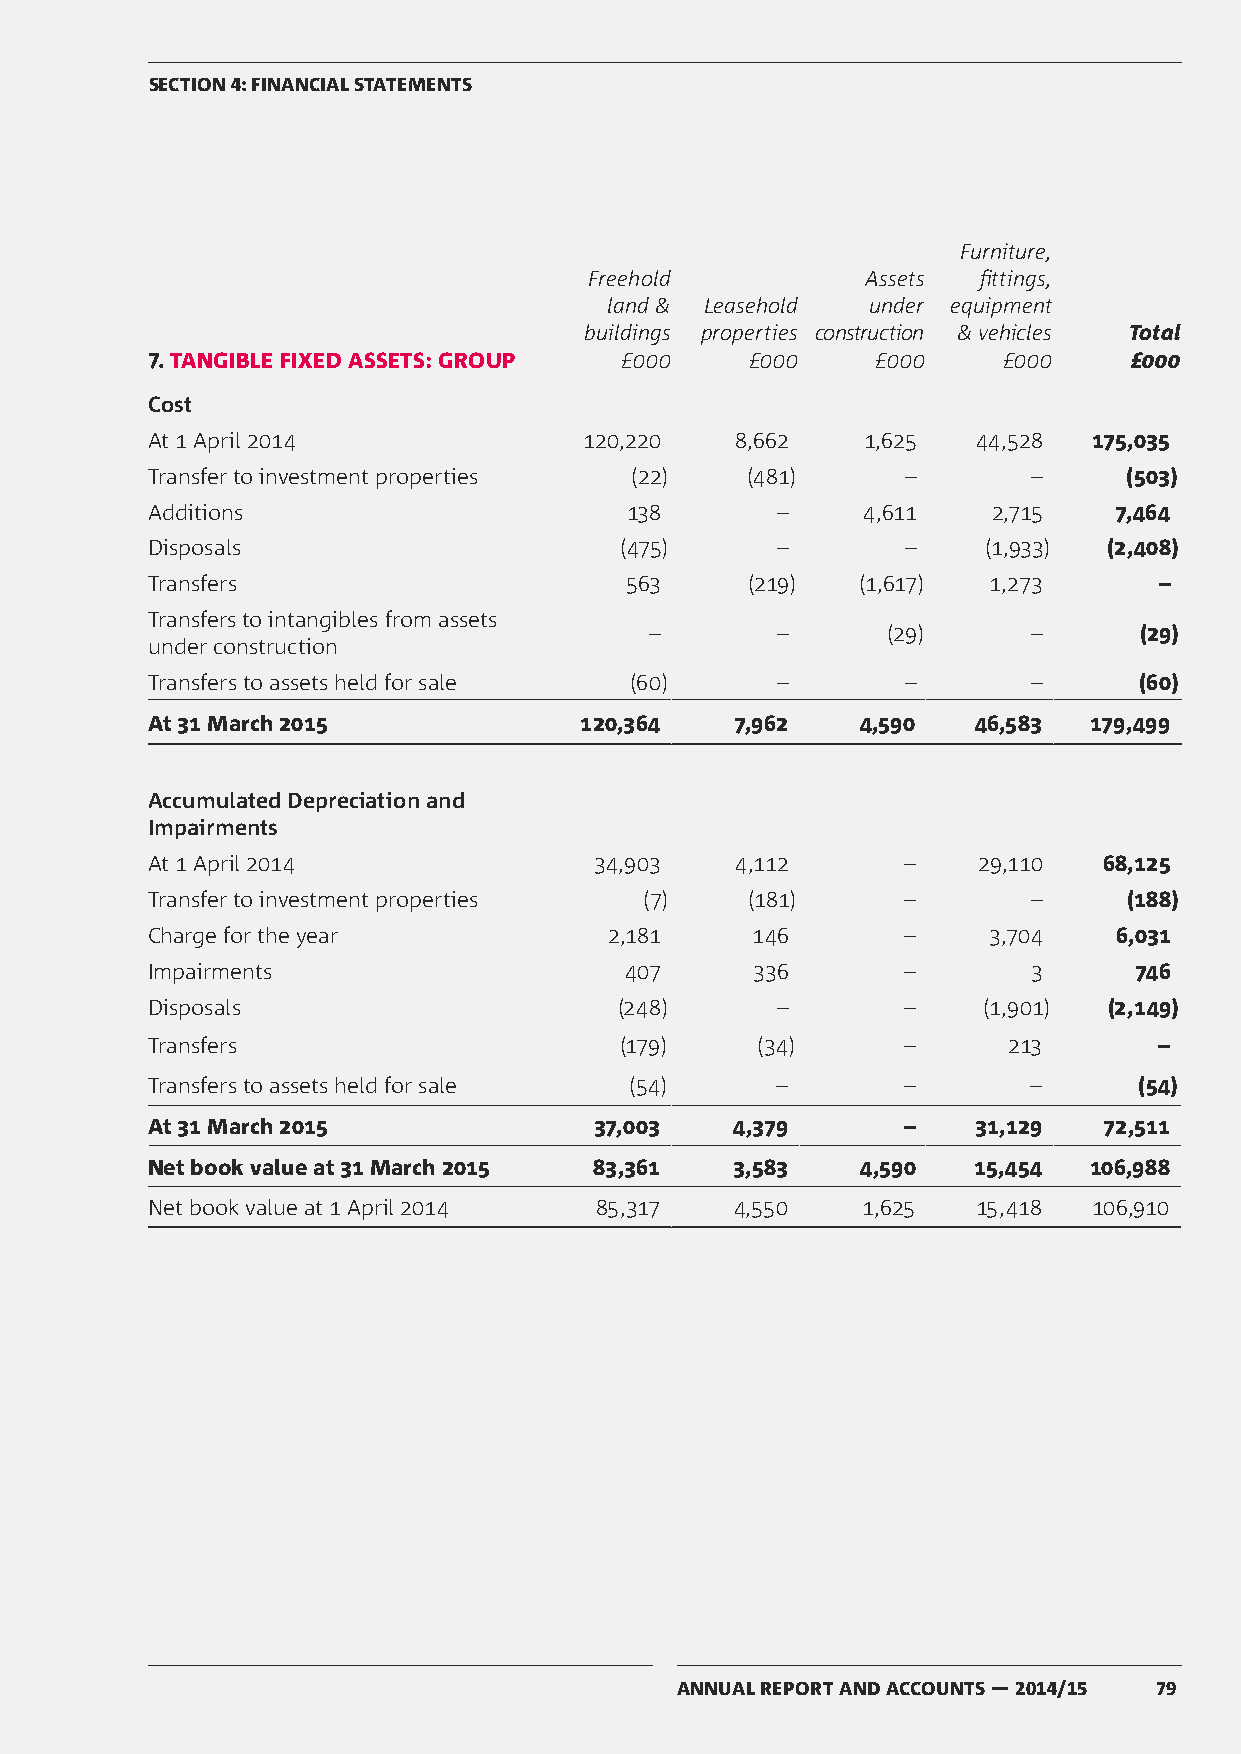
SECTION 4: FINANCIAL STATEMENTS
 Furniture,
 Freehold          Assets  fittings,
 land & Leasehold under equipment
 buildings properties construction & vehicles Total
 7. TANGIBLE FIXED ASSETS: GROUP £000    £000    £000    £000     £000
 Cost
 At 1 April 2014              120,220   8,662   1,625   44,528 175,035
 Transfer to investment properties (22) (481)      –       –      (503)
 Additions                      138       –     4,611    2,715   7,464
 Disposals                      (475)     –        –    (1,933) (2,408)
 Transfers                      563     (219)   (1,617) 1,273       –
 Transfers to intangibles from assets
 –       –       (29)     –      (29)
 under construction
 Transfers to assets held for sale (60)   –        –       –      (60)
 At 31 March 2015            120,364    7,962   4,590  46,583  179,499
 Accumulated Depreciation and
 Impairments
 At 1 April 2014              34,903    4,112      –    29,110  68,125
 Transfer to investment properties (7)  (181)      –       –      (188)
 Charge for the year           2,181     146       –    3,704    6,031
 Impairments                    407      336       –       3      746
 Disposals                      (248)     –        –    (1,901) (2,149)
 Transfers                      (179)    (34)      –      213       –
 Transfers to assets held for sale (54)   –        –       –      (54)
 At 31 March 2015             37,003   4,379       –    31,129  72,511
 Net book value at 31 March 2015 83,361 3,583   4,590  15,454  106,988
 Net book value at 1 April 2014 85,317  4,550   1,625   15,418 106,910
 ANNUAL REPORT AND ACCOUNTS — 2014/15 79